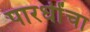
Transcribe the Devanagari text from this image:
पारधींचा